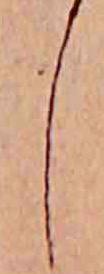
し